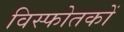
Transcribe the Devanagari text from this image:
विस्फोतकों